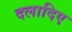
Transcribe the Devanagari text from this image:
दलादिए